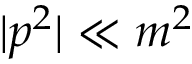
| p ^ { 2 } | \ll m ^ { 2 }